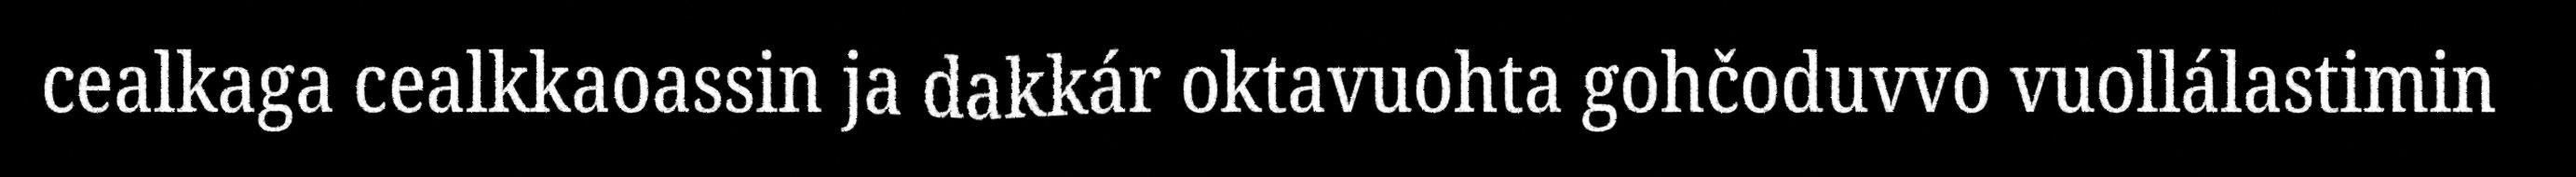
cealkaga cealkkaoassin ja dakkár oktavuohta gohčoduvvo vuollálastimin